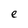
Character: e